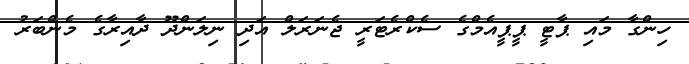
ހިންގާ މައި ޕާޓީ ޕީޕީއެމްގެ ސެކްރެޓަރީ ޖެނަރަލް އަދި ނިލަންދޫ ދާއިރާގެ މެންބަރު